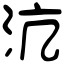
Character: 沆